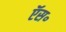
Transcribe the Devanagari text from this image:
ऍस॰